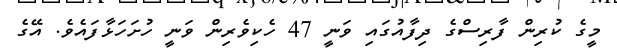
މީގެ ކުރިން ފާރިސްގެ ދިފާއުުގައި ވަނީ 47 ހެކިވެރިން ވަނީ ހުށަހަޅާފައެވެެ. އޭގެ